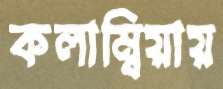
কলাম্বিয়ায়